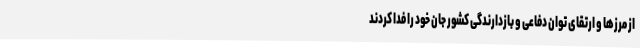
از مرزها و ارتقای توان دفاعی و بازدارندگی کشور جان خود را فدا کردند